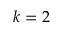
k = 2